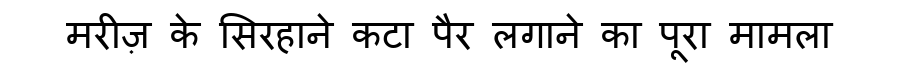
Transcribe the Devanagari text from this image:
मरीज़ के सिरहाने कटा पैर लगाने का पूरा मामला